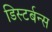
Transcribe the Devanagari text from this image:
डिस्टर्बन्स